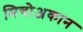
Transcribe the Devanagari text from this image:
मिचोअकान